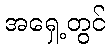
အရှေ့တွင်